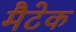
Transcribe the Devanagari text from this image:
मैटेक